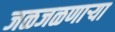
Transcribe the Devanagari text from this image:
जळजळणार्‍या